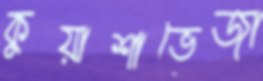
কুয়াশাভেজা